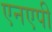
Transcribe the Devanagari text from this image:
एनएपी